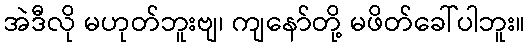
အဲဒီလို မဟုတ်ဘူးဗျ၊ ကျနော်တို့ မဖိတ်ခေါ်ပါဘူး။